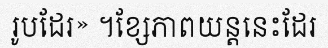
រូបដែរ» ។ខ្សែភាពយន្តនេះដែរ